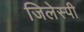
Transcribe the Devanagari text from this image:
जिलेस्पी